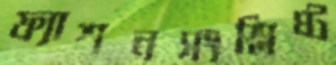
ফ্যাশনসংশ্লিষ্ট